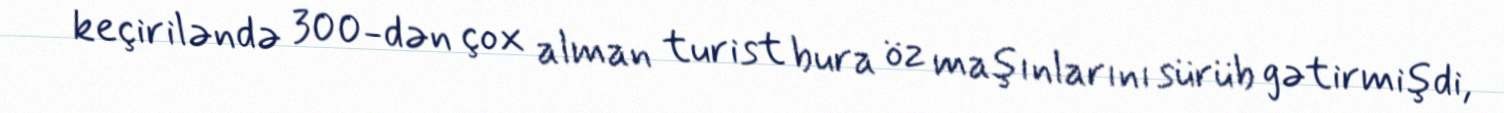
keçiriləndə 300-dən çox alman turist bura öz maşınlarını sürüb gətirmişdi,